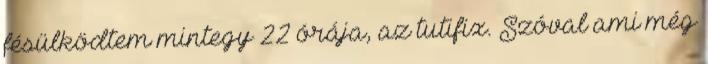
fésülködtem mintegy 22 órája, az tutifix. Szóval ami még